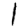
Digit: 1